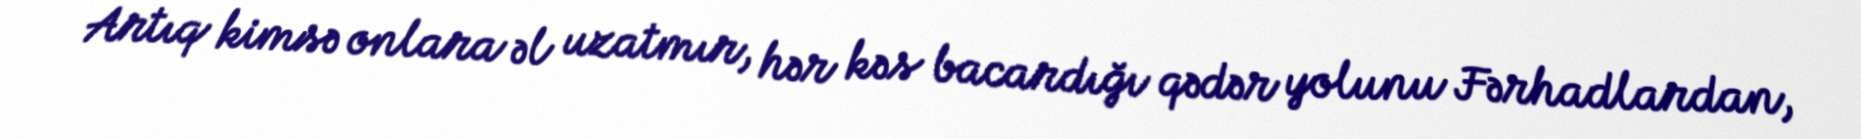
Artıq kimsə onlara əl uzatmır, hər kəs bacardığı qədər yolunu Fərhadlardan,